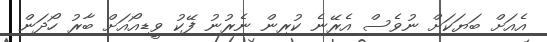
އެއަށް ބަޔަކަށް ނުވެސް އެރޭނެ ކުރިން ނެރުނު ފޭކު ވީޑިއޯއަށް ބާރު ހޯދަން